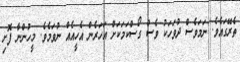
ތެރޭގައެވެ. ނަމަވެސް ދުވަހަކު ވެސް ގޯސްކަމަކަށް އަހަރެން އެހީއެއް ނުވަމެވެ. މީހުންނާ ފޮށި